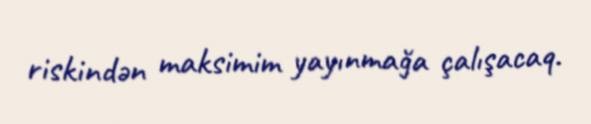
riskindən maksimim yayınmağa çalışacaq.